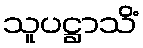
သူပဋ္ဌာသိံ